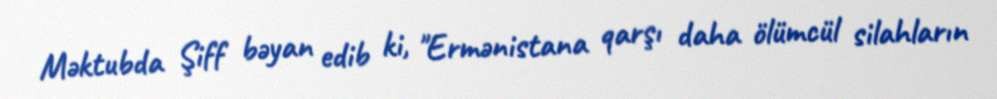
Məktubda Şiff bəyan edib ki, "Ermənistana qarşı daha ölümcül silahların